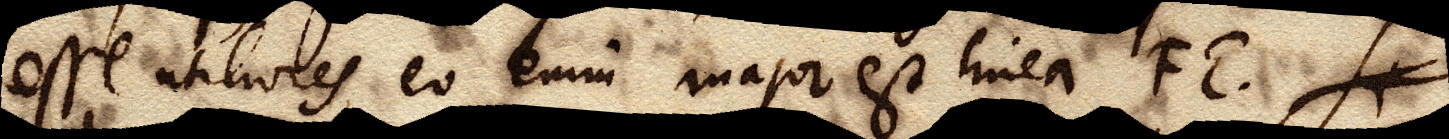
esse utiliores, eo enim major est linea FE. Si